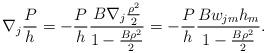
LaTeX: \begin{align*}\nabla_{j}\frac{P}{h}=-\frac{P}{h}\frac{B\nabla_{j}\frac{\rho^{2}}{2}}{1-\frac{B\rho^{2}}{2}}=-\frac{P}{h}\frac{Bw_{jm}h_{m}}{1-\frac{B\rho^{2}}{2}}.\end{align*}